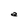
Character: a